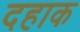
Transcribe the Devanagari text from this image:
दहाक